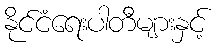
နိုင်ငံရေးပါတီများနှင့်